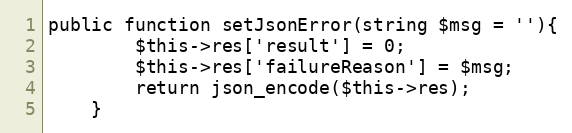
Language: PHP
public function setJsonError(string $msg = ''){
        $this->res['result'] = 0;
        $this->res['failureReason'] = $msg;
        return json_encode($this->res);
    }